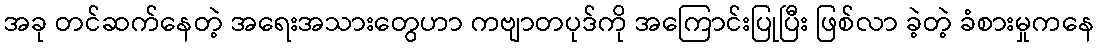
အခု တင်ဆက်နေတဲ့ အရေးအသားတွေဟာ ကဗျာတပုဒ်ကို အကြောင်းပြုပြီး ဖြစ်လာ ခဲ့တဲ့ ခံစားမှုကနေ